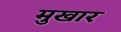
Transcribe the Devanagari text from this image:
मुखार